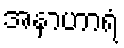
အနာဟာရံ